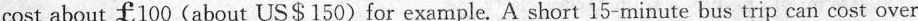
cost about 100(about US$150) for example. A short 15-minute bus trip can cost over